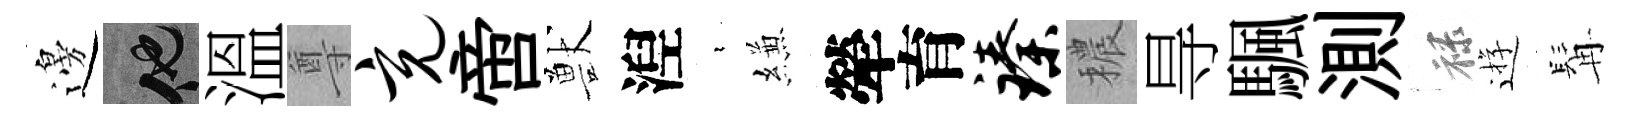
邊他溫尊充啻獸湼裊縑犖育臻穠㝵颿測禄逰髯